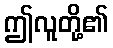
ဤလူတို့၏